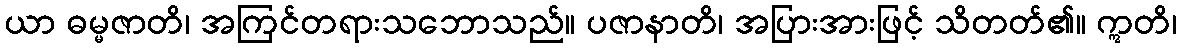
ယာ ဓမ္မဇာတိ၊ အကြင်တရားသဘောသည်။ ပဇာနာတိ၊ အပြားအားဖြင့် သိတတ်၏။ ဣတိ၊